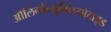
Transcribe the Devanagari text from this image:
ऑलिगोन्यूक्लियोटाइड